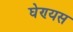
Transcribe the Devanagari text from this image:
घेण्यस